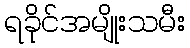
ရခိုင်အမျိုးသမီး